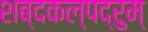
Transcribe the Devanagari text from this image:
शब्दकल्पद्रुम्